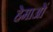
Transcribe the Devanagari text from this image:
हेमाओं